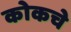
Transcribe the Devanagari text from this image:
कोकचे